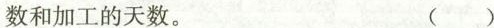
数和加工的天数。（ ）